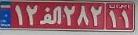
۱۲ا۲۸۲۱۱